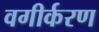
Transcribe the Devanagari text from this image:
वगीर्करण